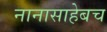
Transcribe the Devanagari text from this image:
नानासाहेबच